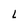
Character: L